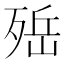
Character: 𣨡